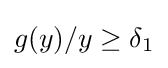
g(y)/y\geq \delta _{1}